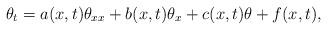
\begin{align*} \theta_t= a(x,t)\theta_{xx}+b(x,t)\theta_x+c(x,t) \theta+f(x,t),\end{align*}